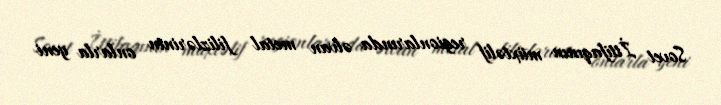
Sovet İttifaqının müxtəlif regionlarında əlvan metal filizlərinin onlarla yeni